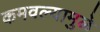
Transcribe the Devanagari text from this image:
कमवल्यामुळे